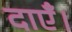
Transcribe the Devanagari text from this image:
दाएँ।